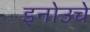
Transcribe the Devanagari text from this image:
इनोउचे